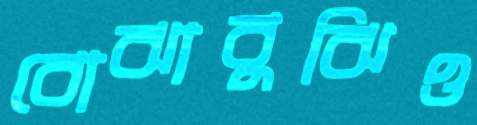
বোঝাবুঝিও